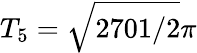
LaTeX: T_{5}=\sqrt{2701/2}\pi